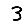
Digit: 3